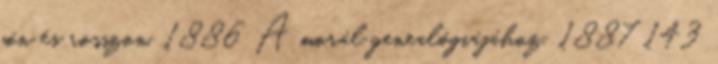
jón és rosszon, 1886 A morál genealógiájához, 1887 143